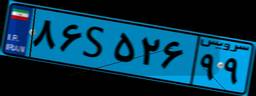
۵۹S۲۰۹۲۰